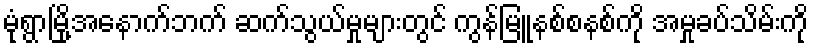
မုံရွာမြို့အနောက်ဘက် ဆက်သွယ်မှုများတွင် ကွန်မြူနစ်စနစ်ကို အမှုခပ်သိမ်းကို